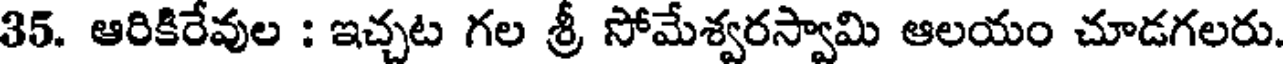
35. ఆరికిరేవుల : ఇచ్చట గల శ్రీ సోమేశ్వరస్వామి ఆలయం చూడగలరు.